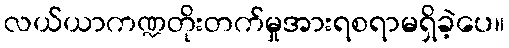
လယ်ယာကဏ္ဍတိုးတက်မှုအားရစရာမရှိခဲ့ပေ။